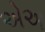
એઅ